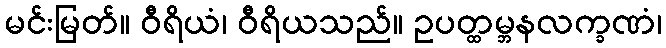
မင်းမြတ်။ ဝီရိယံ၊ ဝီရိယသည်။ ဥပတ္ထမ္ဘနလက္ခဏံ၊